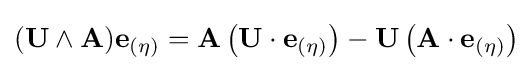
(\mathbf {U} \wedge \mathbf {A} )\mathbf {e} _{(\eta )}=\mathbf {A} \left(\mathbf {U} \cdot \mathbf {e} _{(\eta )}\right)-\mathbf {U} \left(\mathbf {A} \cdot \mathbf {e} _{(\eta )}\right)